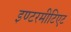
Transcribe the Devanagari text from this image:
इण्टरमीटिएट